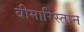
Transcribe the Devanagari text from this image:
बीमारिस्तान